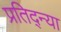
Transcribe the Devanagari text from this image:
प्रतिद्न्या